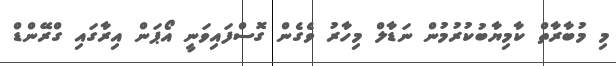
މި މުބާރާތް ކާމިޔާބުކުރުމުން ނަޑާލް މިހާރު ވެގެން ގޮސްފައިވަނީ އޯޕަން އިރާގައި ގްރޭންޑް